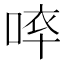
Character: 𠵒